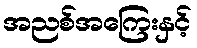
အညစ်အကြေးနှင့်